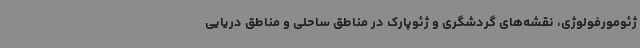
ژئومورفولوژی، نقشه‌های گردشگری و ژئوپارک در مناطق ساحلی و مناطق دریایی